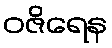
ဝဇိရေန